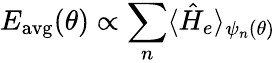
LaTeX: E_{\mathrm{avg}}(\theta)\propto\sum_{n}\langle\hat{H}_{e}\rangle_{\psi_{n}(\theta)}